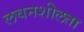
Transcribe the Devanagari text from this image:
लचनशीलता